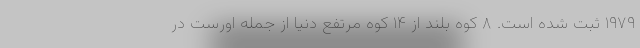
۱۹۷۹ ثبت شده است. ۸ کوه بلند از ۱۴ کوه مرتفع دنیا از جمله اورست در